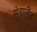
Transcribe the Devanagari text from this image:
सुंडालैंड